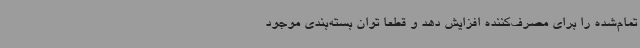
تمام‌شده را برای مصرف‌کننده افزایش دهد و قطعاً توان بسته‌بندی موجود